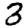
Digit: 3